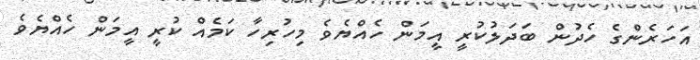
އަހަރެންގެ ހެދުން ބަދަލުކުރީ އީމަން ހެއްޔެވެ މިހުރިހާ ކަމެއް ކުރީ އީމަން ހެއްޔެވެ